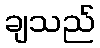
ချသည်